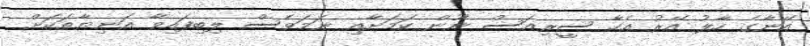
އޭނާގެ ހާލު އޭރު އެހާ ސީރިއަސް ނޫން ކަމަށާއި ނަމަވެސް ލިބިފައިވާ އަނިޔާތަކަށް